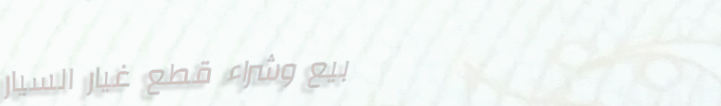
بيع وشراء قطع غيار السيار